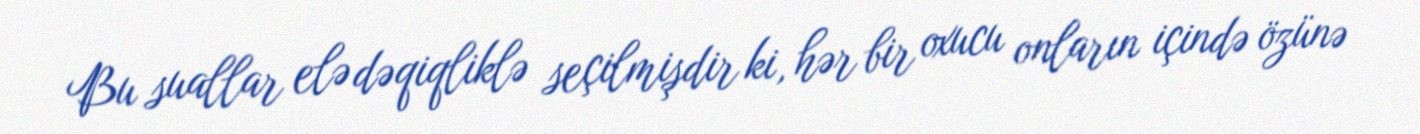
Bu suallar elə dəqiqliklə seçilmişdir ki, hər bir oxucu onların içində özünə